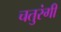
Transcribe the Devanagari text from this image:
चतुरंगी